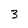
Character: 3